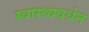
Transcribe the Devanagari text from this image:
स्वास्थ्यवर्धन